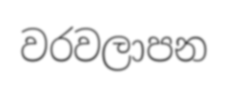
වරවලාපන